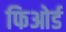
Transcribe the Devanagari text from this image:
फिओर्ड